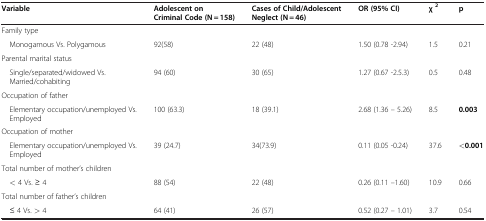
<table><thead><tr><td><b>Variable</b></td><td><b>Adolescent on Criminal Code (N = 158)</b></td><td><b>Cases of Child/Adolescent Neglect (N = 46)</b></td><td><b>OR (95% CI)</b></td><td><b>χ<sup>2</sup></b></td><td><b>p</b></td></tr></thead><tbody><tr><td colspan="6">Family type</td></tr><tr><td> Monogamous Vs. Polygamous</td><td>92(58)</td><td>22 (48)</td><td>1.50 (0.78 -2.94)</td><td>1.5</td><td>0.21</td></tr><tr><td colspan="6">Parental marital status</td></tr><tr><td> Single/separated/widowed Vs. Married/cohabiting</td><td>94 (60)</td><td>30 (65)</td><td>1.27 (0.67 -2.5.3)</td><td>0.5</td><td>0.48</td></tr><tr><td colspan="6">Occupation of father</td></tr><tr><td> Elementary occupation/unemployed Vs. Employed</td><td>100 (63.3)</td><td>18 (39.1)</td><td>2.68 (1.36 – 5.26)</td><td>8.5</td><td><b>0.003</b></td></tr><tr><td colspan="6">Occupation of mother</td></tr><tr><td> Elementary occupation/unemployed Vs. Employed</td><td>39 (24.7)</td><td>34(73.9)</td><td>0.11 (0.05 -0.24)</td><td>37.6</td><td><b>&lt;0.001</b></td></tr><tr><td colspan="6">Total number of mother’s children</td></tr><tr><td> &lt; 4 Vs. ≥ 4</td><td>88 (54)</td><td>22 (48)</td><td>0.26 (0.11 –1.60)</td><td>10.9</td><td>0.66</td></tr><tr><td colspan="6">Total number of father’s children</td></tr><tr><td> ≤ 4 Vs. &gt; 4</td><td>64 (41)</td><td>26 (57)</td><td>0.52 (0.27 – 1.01)</td><td>3.7</td><td>0.54</td></tr></tbody></table>